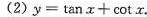
(2)$$y = \tan x + \cot x$$ 。